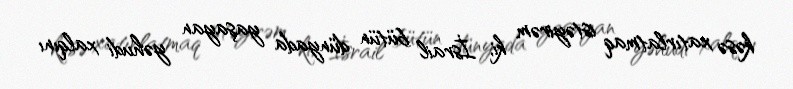
kəsə xatırlatmaq istəyirəm ki, İsrail bütün dünyada yaşayan yəhudi xalqını